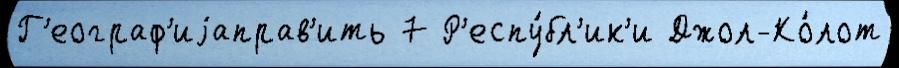
Г'еограф'иjаправ'ить 7 Р'еспу́бл'ик'и Джол-Ко́лот